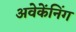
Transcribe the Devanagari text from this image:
अवेकेंनिंग